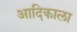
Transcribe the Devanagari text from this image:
आदिकाला